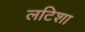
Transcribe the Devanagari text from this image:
लटिशा